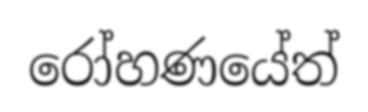
රෝහණයේත්